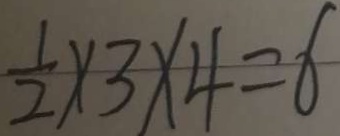
\frac { 1 } { 2 } \times 3 \times 4 = 6